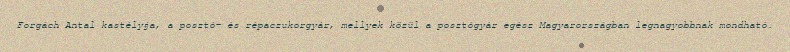
Forgách Antal kastélyja, a posztó- és répaczukorgyár, mellyek közül a posztógyár egész Magyarországban legnagyobbnak mondható.